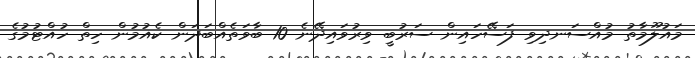
މައުލޫމާތު މުއްސަނދިވި ފަސޭހައިން ސަރުބީ ވިރުވައިދޭނެ 10 ބާވަތެއްބަދަން ކެއުމުން ހިތް ހުއްޓުމުގެ